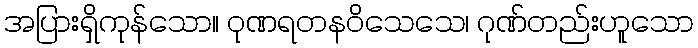
အပြားရှိကုန်သော။ ဝုဏရတနဝိသေသေ၊ ဂုဏ်တည်းဟူသော